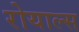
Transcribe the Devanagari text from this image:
रोयाल्स